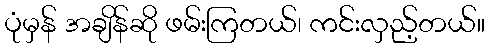
ပုံမှန် အချိန်ဆို ဖမ်းကြတယ်၊ ကင်းလှည့်တယ်။